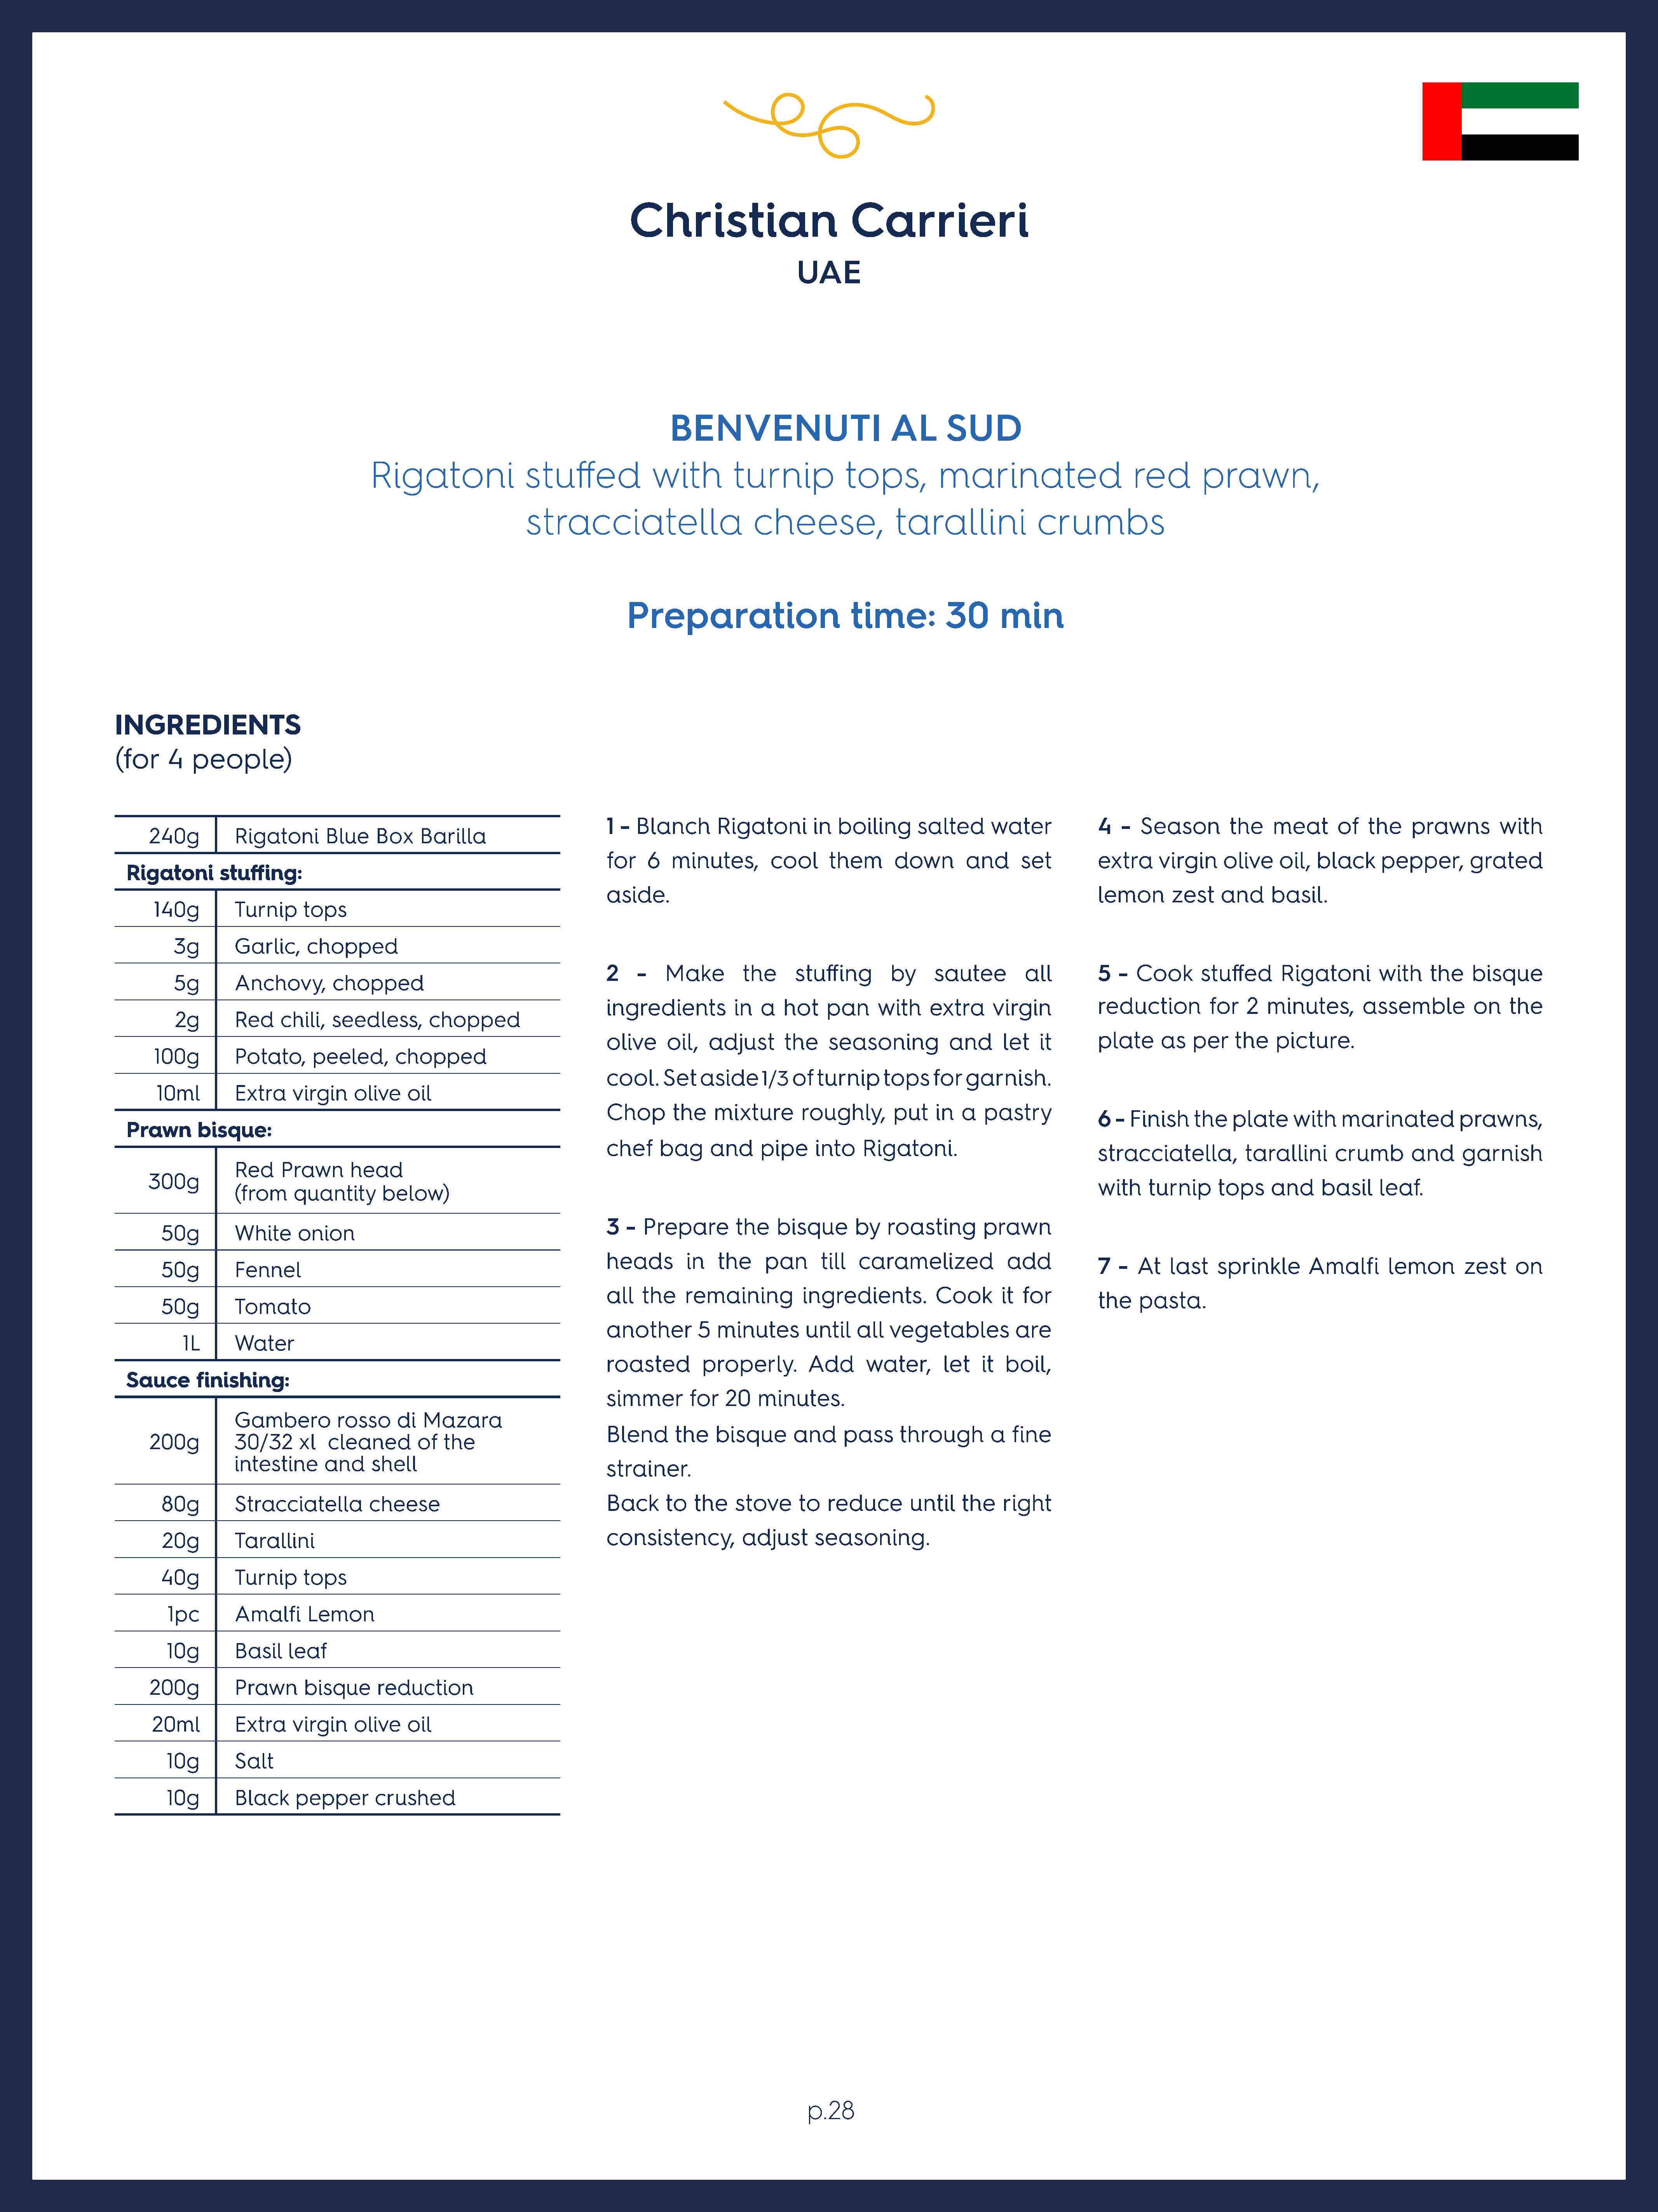
Christian                             Carrieri
 UAE
 BENVENUTI                             AL       SUD
 Rigatoni                  stuffed               with          turnip             tops,           marinated                        red         prawn,
 stracciatella                         cheese,                 tarallini                crumbs
 Preparation                           time:           30       min
 INGREDIENTS
 (for    4    people)
 1  - Blanch        Rigatoni        in   boiling      salted       water             4   -  Season         the     meat       of   the    prawns         with
 240g           Rigatoni       Blue     Box    Barilla
 for    6   minutes,         cool      them       down         and      set          extra     virgin     olive     oil,  black      pepper,        grated
 Rigatoni       stuffing:
 aside.                                                                              lemon        zest    and      basil.
 140g          Turnip      tops
 3g        Garlic,     chopped
 2    -    Make         the      stuffing         by     sautee          all         5   -  Cook       stuffed      Rigatoni         with     the    bisque
 5g        Anchovy,         chopped
 ingredients           in   a  hot     pan     with     extra      virgin            reduction          for   2   minutes,        assemble           on    the
 2g        Red     chili,   seedless,       chopped
 olive      oil,   adjust       the    seasoning            and      let   it        plate      as   per    the    picture.
 100g          Potato,      peeled,       chopped
 cool.     Set   aside      1/3  of  turnip     tops     for  garnish.
 10ml         Extra     virgin    olive    oil
 Chop        the    mixture       roughly,        put    in   a   pastry
 6  - Finish     the    plate     with     marinated           prawns,
 Prawn       bisque:
 chef     bag      and      pipe     into    Rigatoni.
 stracciatella,           tarallini      crumb        and      garnish
 Red     Prawn       head
 300g
 with     turnip     tops     and      basil     leaf.
 (from     quantity       below)
 3   - Prepare         the    bisque        by   roasting        prawn
 50g          White      onion
 heads         in   the     pan       till  caramelized               add
 7   -  At   last    sprinkle        Amalfi       lemon        zest     on
 50g          Fennel
 all   the     remaining           ingredients.          Cook        it for
 the    pasta.
 50g          Tomato
 another         5  minutes        until    all  vegetables            are
 1L       Water
 roasted          properly.         Add      water,        let   it  boil,
 Sauce      finishing:
 simmer        for    20   minutes.
 Gambero          rosso      di  Mazara
 Blend       the    bisque       and      pass     through         a  fine
 200g           30/32      xl   cleaned        of   the
 intestine      and     shell
 strainer.
 80g          Stracciatella          cheese                                  Back      to   the    stove      to   reduce        until    the    right
 consistency,           adjust       seasoning.
 20g         Tarallini
 40g          Turnip      tops
 1pc         Amalfi      Lemon
 10g         Basil    leaf
 200g           Prawn       bisque      reduction
 20ml          Extra     virgin    olive    oil
 10g         Salt
 10g         Black     pepper        crushed
 p.28